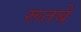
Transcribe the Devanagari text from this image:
रूतबे